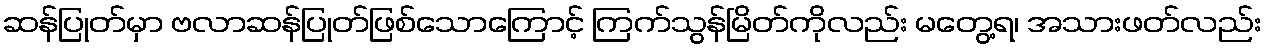
ဆန်ပြုတ်မှာ ဗလာဆန်ပြုတ်ဖြစ်သောကြောင့် ကြက်သွန်မြိတ်ကိုလည်း မတွေ့ရ၊ အသားဖတ်လည်း